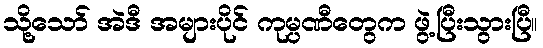
သို့သော် အဲဒီ အများပိုင် ကုမ္ပဏီတွေက ဖွဲ့ပြီးသွားပြီ။